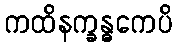
ကထိနက္ခန္ဓကေပိ